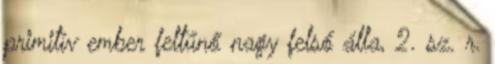
primitív ember feltűnő nagy felső álla, 2. sz. r.